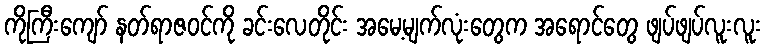
ကိုကြီးကျော် နတ်ရာဇဝင်ကို ခင်းလေတိုင်း အမေ့မျက်လုံးတွေက အရောင်တွေ ဖျပ်ဖျပ်လူးလူး